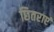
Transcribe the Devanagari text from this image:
छितराएं